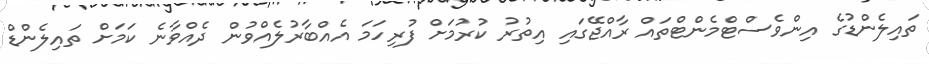
ތައިލެންޑުގެ އިންވެސްޓްމެންޓްތައް ރާއްޖޭގައި އިތުރު ކުރުމަށް ފުރިހަމަ އެއްބާރުލެއްވުން ދެއްވާނެ ކަމަށް ތައިލެންޑް